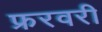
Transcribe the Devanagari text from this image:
फ्ररवरी